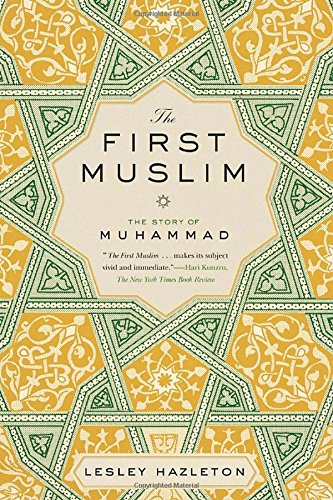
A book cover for The First Muslim: The Story of Muhammad; Lesley Hazleton; Biographies & Memoirs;